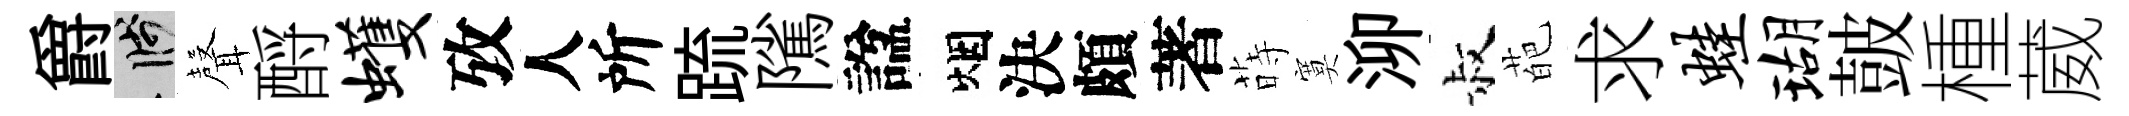
爵箋𮋻酹蠖攷人所䟽隲諡烟決頗著蒔寞泖叔葩求蛙瑚皷㮔葳